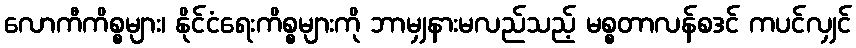
လောကီကိစ္စများ၊ နိုင်ငံရေးကိစ္စများကို ဘာမျှနားမလည်သည့် မစ္စတာလန်စဒင် ကပင်လျှင်